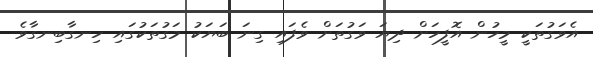
އެވަގުތަކީ މީހުން އޮފީހަށް ދިޔަ ވަގުތަށް ވެފައި ގިނަ ބަޔަކު މަގުތަކުގައި ހިނގާބިނގާވެ